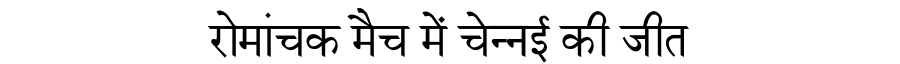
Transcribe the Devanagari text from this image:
रोमांचक मैच में चेन्नई की जीत